Annual report on the working of the lock hospitals in the Central Provinces
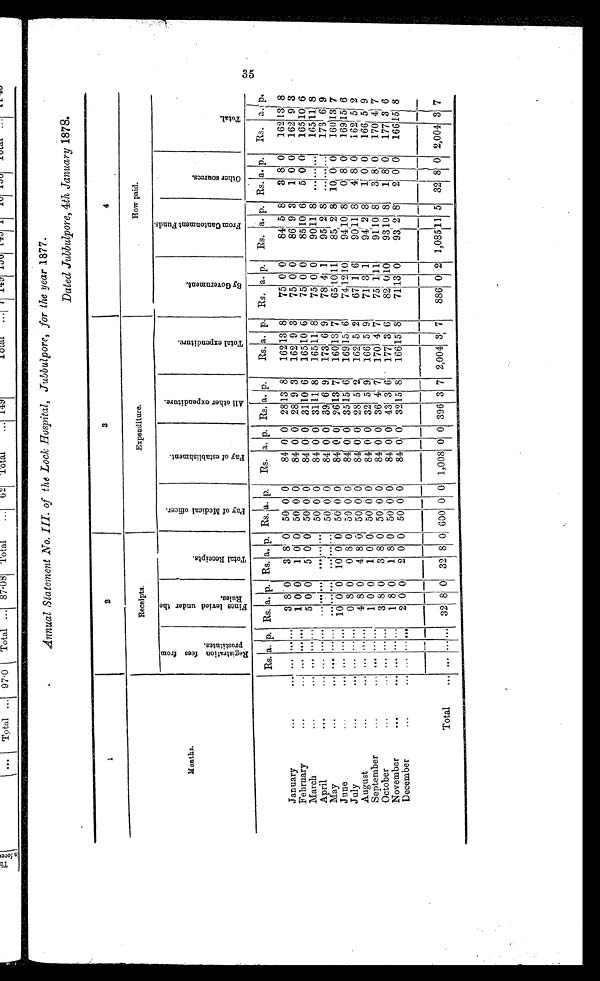
Annual Statement No. III. of the Lock Hospital, Jubbulpore, for the year 1877.
Dated Jubbulpore, 4th January 1878.
1
2
3
4
Months.
Receipts.
Expenditure.
How paid.
R e g i s t r a t i o n f e e s f r o m p r o s t i t u t e s .
F i n e s l e v i e d u n d e r t h e R u l e s .
T o t a l R e c e i p t s .
P a y o f M e d i c a l o f f i c e r .
P a y o f e s t a b l i s h m e n t .
A l l o t h e r e x p e n d i t u r e .
T o t a l e x p e n d i t u r e .
B y G o v e r n m e n t .
F r o m C a n t o n m e n t F u n d s .
O t h e r s o u r c e s .
T o t a l .
Rs. a. p. Rs. a. p. Rs. a. p. Rs.
a .
p.
Rs. a. p. Rs. a. p.
Rs. a. p. Rs. a. p.
Rs. a. p. Rs. a. p.
R. a. p.
January
...
3 8 0
3 8 0 50 0 0
84 0 0 28 13 8
162 13 8
75 0 0
84 5 8
3 8 0
162 13 8
1 0 0
1 0 0 50 0 0
84 0 0 28 9 3
162 9 3
75 0 0
86 9 3
1 0 0
162 9 3
February
...
5 0 0
5 0 0 50 0 0
84 0 0 31 10 6
165 10 6
75 0 0
85 10 6
5 0 0
165
1 1 6
March
...
50 0 0
84 0 0 31 11 8
165 11 8
75 0 0
90 11 8
165
1 1 8
April
......... 50 0 0
84 0 0 39 6 9
173 6 9
78 4 1
95 2 8 .........
173 619
May
...
...
10 0 0
1 0 0 0
5 0
0 0
8 4 0 0 26 13 7
160 13 7
65 10 11
85 2 8
1 0 0 0
160 13 7
June
...
0 8 0
0 8
0
5 0 0 0
84 0 0 35 15 6
169 15 6
74 12 10
94 10 8
0 8 0
169 15 6
July ...
•••
4 8 0
4 8
0
5 0 0 0
8 4 0 0 0
2 8 5 2
162 5 2
6 7 1
6
90 11 8
4 8 0
1 6 2 5 2
August
...
...
1 0 0
1 0 0 50 0 0
84 0 0 32 5 9
166 5 9
71 3 1
94 2 8
1 0
0 166 5 9
September
...
...
3 8 0
3 8 0 50 0 0
84 0 0 36 4 7
170 4 7
75
1
11
91
1 0 8
3 8 0
170 4 7
October
...
...
...
...
1 8 0
1 8 0 50 0 0
84 0 0 43 3 6
177 3 6
82
0 1
93 10 8
1 8 0
177 3 6
November
2 0 0
2 0 0 50 0 0
84
0 0 32 15 8
166 15 8
71 13 0
93 2 8
2 0 0
1 6 6 1 5 8
December
...
Total
...
32
8
0 32 8 0
6 0 0 0 0 1,008
0
0 396 3 7 2,004 3, 7
886 0 2
1 , 0 8 5
11 5 32 8 0 2,004 3 7